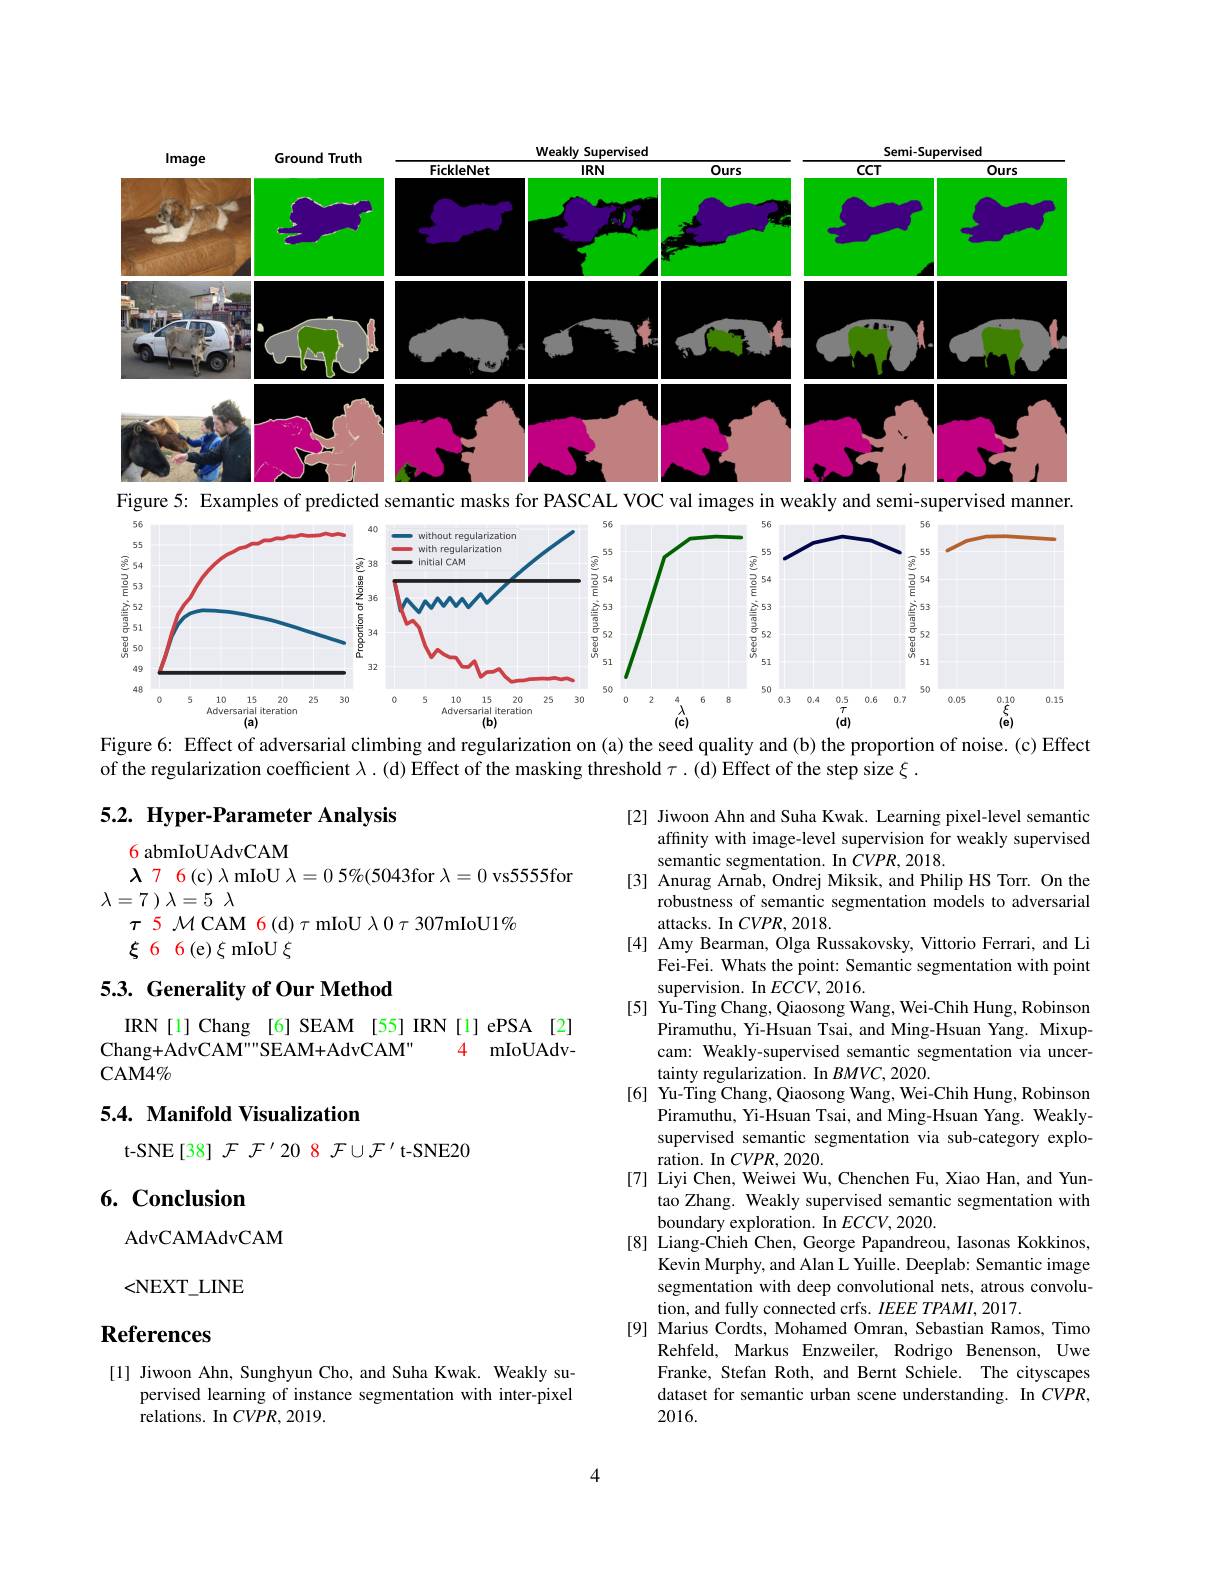
<FigureHere>

Figure 5: Examples of predicted semantic masks for PASCAL VOC val images in weakly and semi-supervised manner.

<FigureHere>
Figure 6: Effect of adversarial climbing and regularization on (a) the seed quality and (b) the proportion of noise. (c) Effect

of the regularization coefficient $\lambda.($d)Effect of the masking threshold $\tau.($d)Effect of the step size $\xi.$

## 5.2. Hyper-Parameter Analysis

6 abmIoUAdvCAM
$\lambda$ 7 6(c) $\lambda$ mIoU $\lambda=0$ 5%(5043for $\lambda=0$ vs5555for
$\lambda = 7$ ) $\lambda = 5$ $\lambda$
$\tau$ 5 M CAM 6(d) $\tau$ mIoU $\lambda$ 0 $\tau$ 307mIoU1%
$\xi$66(e)$\xi$mIoU$\xi$

## 5.3. Generality of Our Method

IRN [1] Chang [6] SEAM [55] IRN [1] ePSA [2]
4 mIoUAdv-
Chang+AdvCAM""SEAM+AdvCAM"
CAM4$\%$

## 5.4. Manifold Visualization

[2] Jiwoon Ahn and Suha Kwak. Learning pixel-level semantic
affinity with image-level supervision for weakly supervised
semantic segmentation. In $CVPR,2018.$
[3] Anurag Arnab, Ondrej Miksik, and Philip HS Torr. On the
robustness of semantic segmentation models to adversarial
attacks. In $CVPR,2018.$
[4] Amy Bearman, Olga Russakovsky, Vittorio Ferrari, and Li
Fei-Fei. Whats the point: Semantic segmentation with point
supervision. In $ECCV,2016.$
[5] Yu-Ting Chang, Qiaosong Wang, Wei-Chih Hung, Robinson
Piramuthu, Yi-Hsuan Tsai, and Ming-Hsuan Yang. Mixupcam: Weakly-supervised semantic segmentation via uncertainty regularization. In $BMVC,2020.$
[6] Yu-Ting Chang, Qiaosong Wang, Wei-Chih Hung, Robinson
Piramuthu, Yi-Hsuan Tsai, and Ming-Hsuan Yang. Weaklysupervised semantic segmentation via sub-category exploration. In $CVPR,2020.$
[7] Liyi Chen, Weiwei Wu, Chenchen Fu, Xiao Han, and Yun-
tao Zhang. Weakly supervised semantic segmentation with
boundary exploration. In $ECCV,2020.$
[8] Liang-Chieh Chen, George Papandreou, Iasonas Kokkinos,
Kevin Murphy, and Alan L Yuille. Deeplab: Semantic image segmentation with deep convolutional nets, atrous convolution, and fully connected crfs. $IEEE\textit{TPAMI, 2017. }$
[9] Marius Cordts, Mohamed Omran, Sebastian Ramos, Timo
Rehfeld, Markus Enzweiler, Rodrigo Benenson, Uwe Franke, Stefan Roth, and Bernt Schiele. The cityscapes dataset for semantic urban scene understanding. In $CVPR$, 2016.

t-SNE[38] $\mathcal{F}\mathcal{F}^\prime20$ 8 $\mathcal{F}\cup\mathcal{F}^\prime$ t-SNE20

# 6. Conclusion

AdvCAMAdvCAM

<NEXT$\_$LINE

# References

[1] Jiwoon Ahn, Sunghyun Cho, and Suha Kwak. Weakly su-
pervised learning of instance segmentation with inter-pixel
relations. In $CVPR,2019.$

4